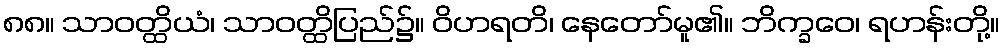
၈၈။ သာဝတ္ထိယံ၊ သာဝတ္ထိပြည်၌။ ဝိဟရတိ၊ နေတော်မူ၏။ ဘိက္ခဝေ၊ ရဟန်းတို့။